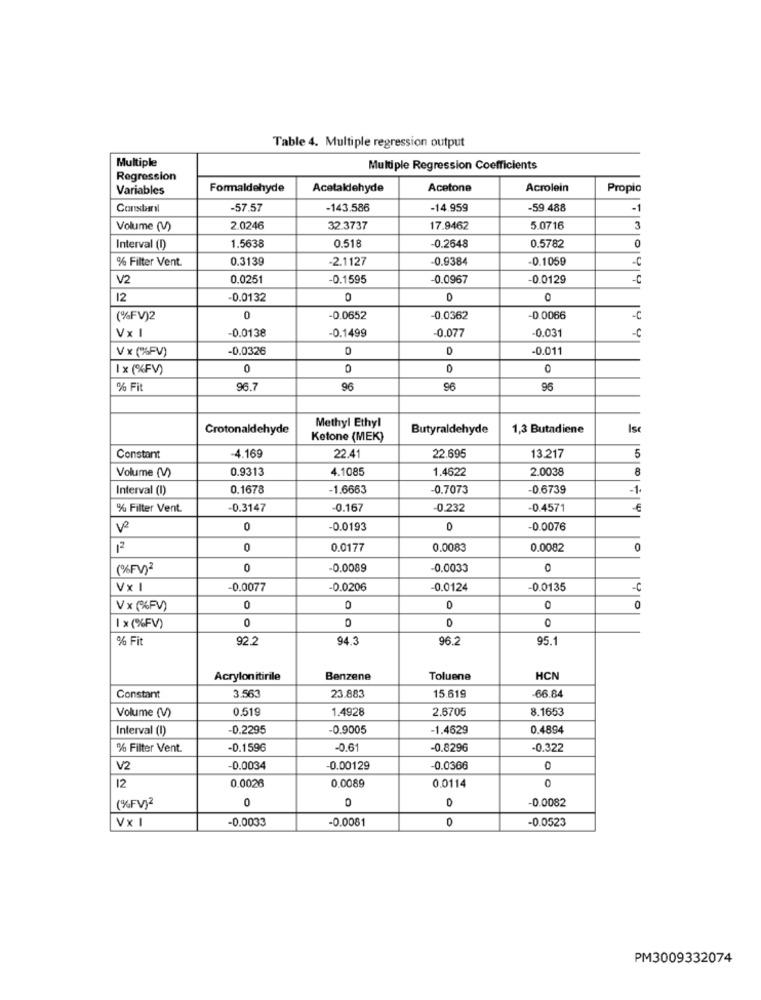
Table 4. Multiple regression output
Multiple
Multiple Regression Coefficients
Regression
Variables
Formaldehyde
Acetaldehyde
Acetone
Acrolein
Propio
Constasrl
-57.57
-143.586
-14.959
-59.488
-1
Volume (V)
2.0246
32.3737
17.9462
5.0716
3
1.5638
0.518
0.2648
0.5782
0
Interval (I)
% Filter Vent.
0.3139
-2.1127
-0.9384
-0.1059
-C
V2
0.0251
-0.1595
0.0967
0.0129
-C
12
-0.0132
0
0
(%FV)2
0
-0.0652
0.0362
-0.0066
-C
Vx I
0.0138
-0.1499
0.077
-0.031
-C
V x (%FV)
-0.0326
0
-0.011
Ix (%FV)
0
0
0
% Fit
96.7
96
96
96
Crotonaldehyde
Methyl Ethyl
Butyraldehyde
1,3 Butadiene
Isc
Ketone (MEK)
-4.169
Constant
22.41
22.695
13.217
5
0.9313
4.1085
1.4622
2.0038
8
Volume (V)
Interval (I)
0.1678
-1.6663
0.7073
0.6739
-1
% Filter Vent.
-0.3147
-0.167
-0.232
-0.4571
0
-0.0193
0
-0.0076
12
0
0.0177
0.0083
0.0082
0
(%FV)2
0
-0.0089
0.0033
0
Vx I
0.0077
-0.0206
-0.0124
-0.0135
-C
V x (%6FV)
0
0
1 x (%FV)
% Fit
92.2
94.3
96.2
95.1
Acrylon itirile
Benzene
Toluene
HCN
15.619
Constant
3.563
23.883
66.84
0.519
1.4928
2.6705
8.1653
Volume (V)
Interval (I)
0.2295
0.9005
-1.4629
0.4894
% Filter Vent.
-0.1596
-0.61
-0.8296
-0.322
V2
-0.0034
-0.00129
-0.0366
0
0.0026
12
0.0089
0.0114
(%FV)2
0
-0.0082
Vx I
-0.0033
-0.0081
-0.0523
0
PM3009332074